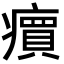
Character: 𬏽